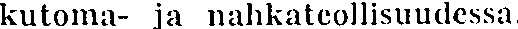
kutoma- ja nahkateollisuudessa.